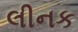
લીનક